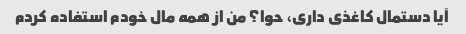
آیا دستمال کاغذی داری، حوا؟ من از همه مال خودم استفاده کردم